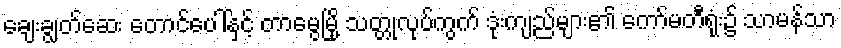
ချေးချွတ်ဆေး တောင်ပေါ်နှင့် တာမွေမြို့ သတ္တုလုပ်ကွက် ဒုံးကျည်များ၏ ကော်မတီရုံး၌ သာမန်သာ